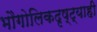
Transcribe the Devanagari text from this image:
भौगोलिकदृष्ट्याही